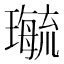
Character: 𤪝